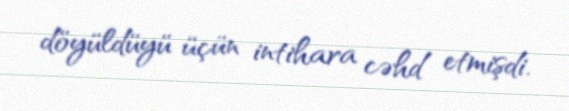
döyüldüyü üçün intihara cəhd etmişdi.